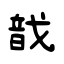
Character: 戠